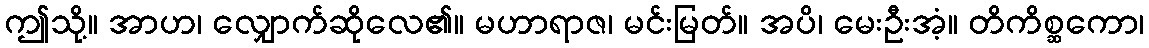
ဤသို့။ အာဟ၊ လျှောက်ဆိုလေ၏။ မဟာရာဇ၊ မင်းမြတ်။ အပိ၊ မေးဦးအံ့။ တိကိစ္ဆကော၊